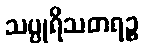
သပ္ပုရိသတရဉ္စ